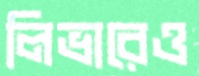
লিভারেও